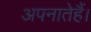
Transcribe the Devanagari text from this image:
अपनातेहैं।